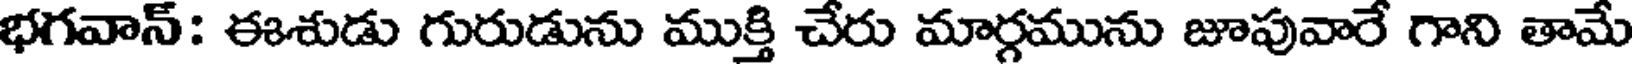
భగవాన్: ఈశుడు గురుడును ముక్తి చేరు మార్గమును జూపువారే గాని తామే